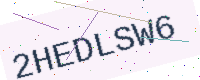
Text: 2HEDLSW6